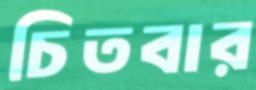
চিতবার